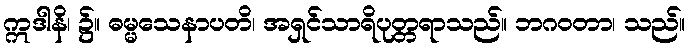
ဣဒါနိ၊ ၌။ ဓမ္မသေနာပတိ၊ အရှင်သာရိပုတ္တရာသည်။ ဘဂဝတာ၊ သည်။